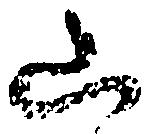
山